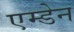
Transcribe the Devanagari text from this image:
एम्डेन